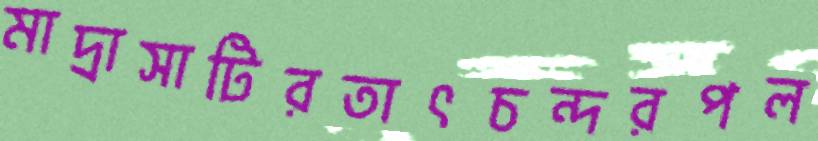
মাদ্রাসাটিরতাৎচন্দরপল